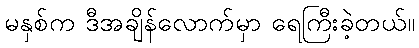
မနှစ်က ဒီအချိန်လောက်မှာ ရေကြီးခဲ့တယ်။